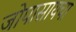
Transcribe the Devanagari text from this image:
जोपासायचा